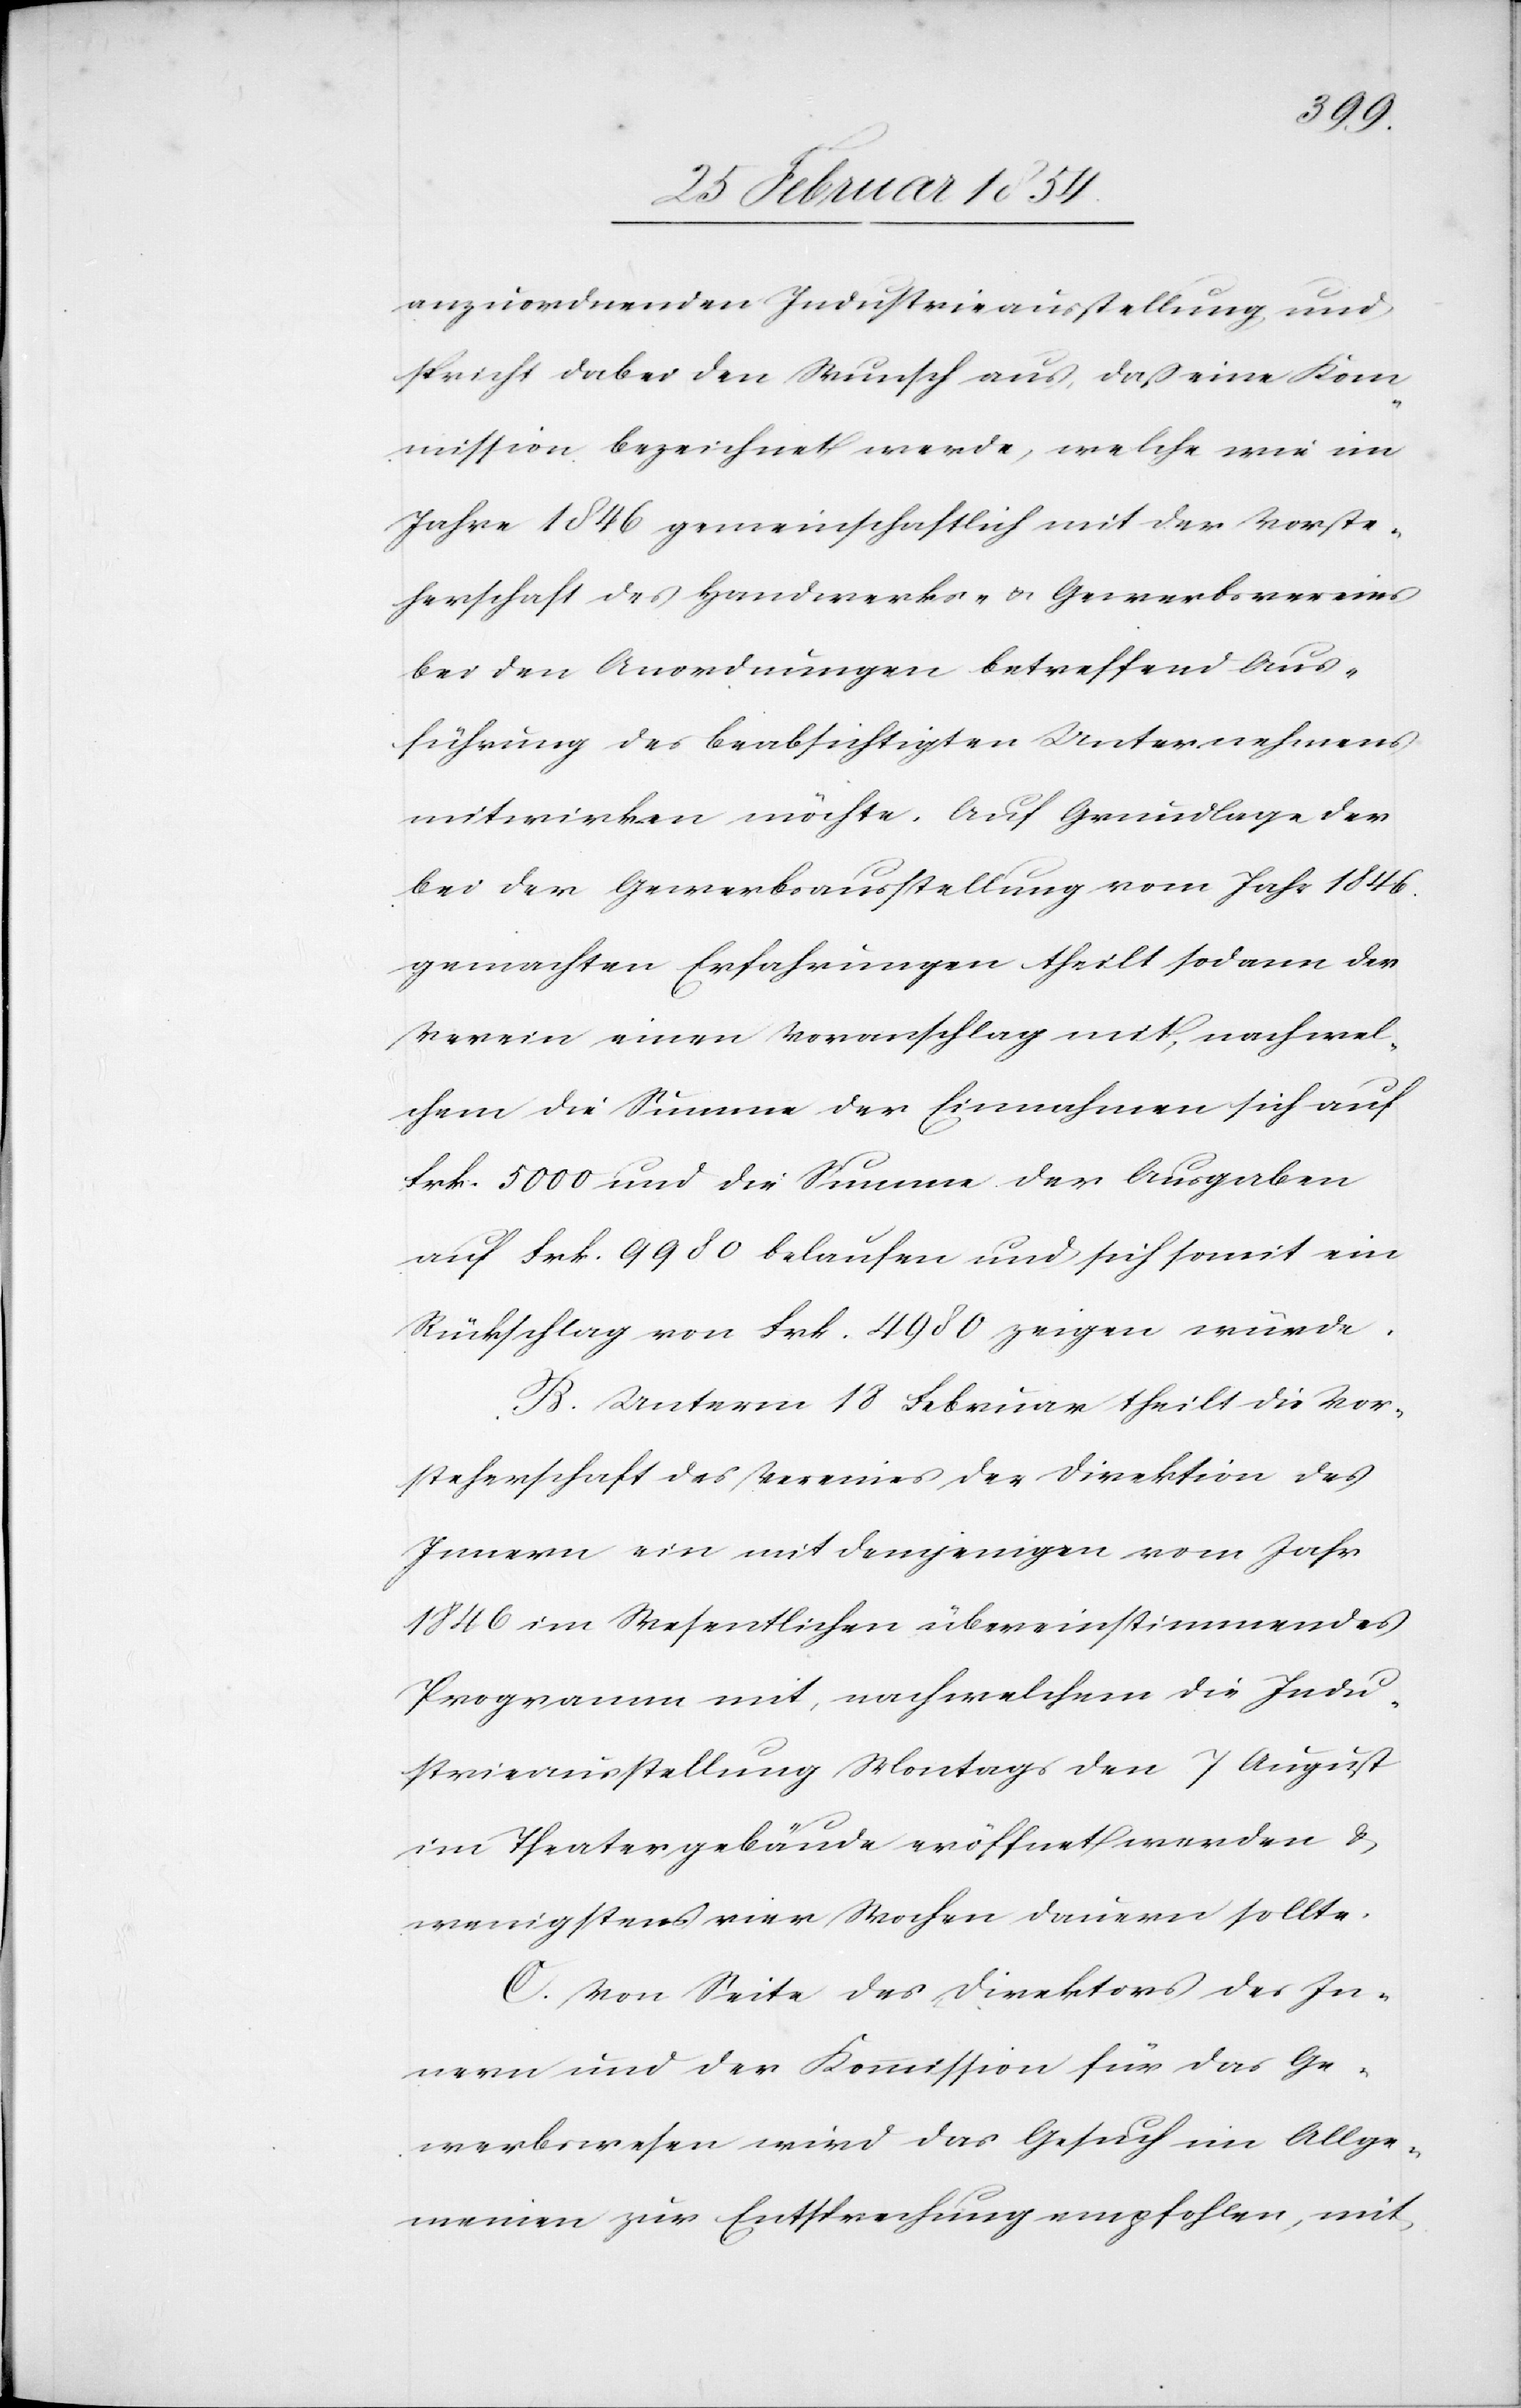
anzuordnenden Industrieausstellung und
psricht dabei den Wunsch aus, daß eine Kom¬
mission bezeichnet werde, welche wie im
Jahre 1846 gemeinschaftlich mit der Vorste¬
herschaft des Handwerks- u. Gewerbsvereins
bei den Anordnungen betreffend Aus¬
führung des beabsichtigten Unternehmens
mitwirken möchte. Auf Grundlage der
bei der Gewerbsausstellung vom Jahr 1846.
gemachten Erfahrungen theilt sodann der
Verein einen Voranschlag mit, nach wel¬
chem die Summe der Einnahmen sich auf
Frk. 5000 und die Summe der Ausgaben
auf Frk. 9980 belaufen und sich somit ein
Rückschlag von Frk. 4980 zeigen würde.
B. Unterm 18 Februar theilt die Vor¬
steherschaft des Vereines der Direktion des
Innern ein mit demjenigen vom Jahr
1846 im Wesentlichen übereinstimmendes
Programm mit, nach welchem die Indu¬
strieausstellung Montags den 7 August
im Theatergebäude eröffnet werden &
wenigstens vier Wochen dauern sollte.
C. Von Seite des Direktors des In¬
nern und der Kommission für das Ge¬
werbswesen wird das Gesuch im Allge¬
meinen zur Entsprechung empfohlen, mit